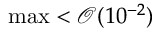
\operatorname* { m a x } < \mathcal { O } ( 1 0 ^ { - 2 } )